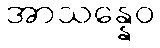
အာသန္နေဝ